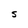
Character: S